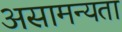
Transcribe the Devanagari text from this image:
असामन्यता